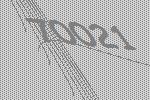
70021